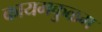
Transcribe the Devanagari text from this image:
कायमकुळम